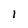
Character: 1